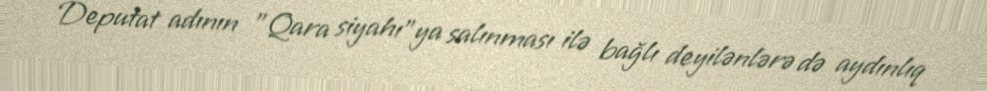
Deputat adının "Qara siyahı"ya salınması ilə bağlı deyilənlərə də aydınlıq